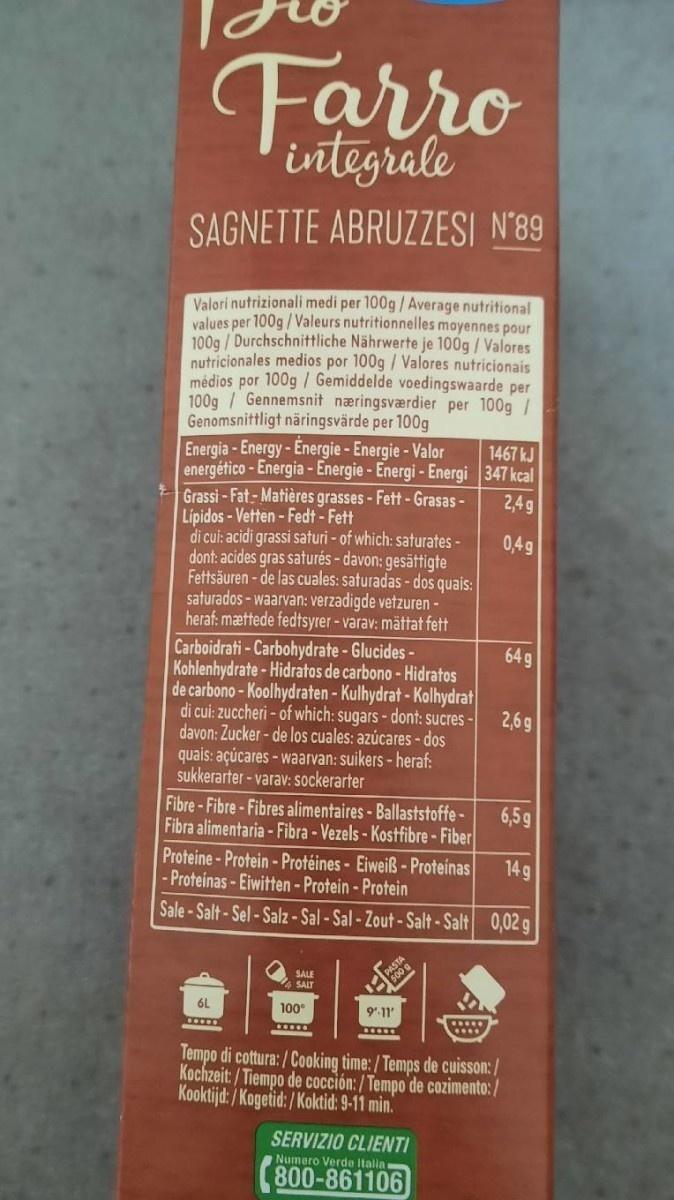
Farro
integrale
SAGNETTE ABRUZZESI N'89
Valori nutrizionali medi per 100g/ Average nutritional values per 100g/Valeurs nutritionnelles moyennes pour 100g / Durchschnittliche Nährwerte je 100g/Valores nutricionales medios por 100g / Valores nutricionais médios por 100g / Gemiddelde voedingswaarde per 100g / Gennemsnit næringsværdier per 100g / Genomsnittligt näringsvärde per 100g Energia-Energy-Energie - Energie - Valor energético - Energia - Energie-Energi- Energi 347 kcal Grassi - Fat- Matières grasses -Fett - Grasas- Lipidos - Vetten - Fedt - Fett di cui: acidi grassi saturi - of which: saturates - dont: acides gras saturés - davon: gesättigte Fettsäuren - de las cuales: saturadas - dos quais: saturados - waarvan: verzadigde vetzuren - heraf: mættede fedtsyrer-varav: mättat fett
1467 kJ
2,4g
0,4g
64 g
Carboidrati - Carbohydrate - Glucides - Kohlenhydrate - Hidratos de carbono-Hidratos de carbono-Koolhydraten- Kulhydrat - Kolhydrat di cui: zuccheri - of which: sugars - dont: sucres - davon: Zucker - de los cuales: azúcares -dos quais: açúcares - waarvan: suikers - heraf: sukkerarter - varav: sockerarter
2,6 g
Fibre-Fibre-Fibres alimentaires- Ballaststoffe-
6,5g Fibra alimentaria -Fibra - Vezels - Kostfibre-Fiber Proteine- Protein - Protéines - Eiweiß-Proteinas - Proteinas - Eiwitten - Protein - Protein
14 g
Sale-Salt-Sel-Salz-Sal-Sal-Zout-Salt-Salt 0,02 g
SALE SALT
PASTA
6L
100°
9.11
Tempo di cottura:/Cooking time:/Temps de cuisson:/ Kochzeit: / Tiempo de cocción:/Tempo de cozimento: / Kooktijd: / Kogetid: / Koktid: 9-11 min.
SERVIZIO CLIENTI
Numero Verde Italia
800-861106